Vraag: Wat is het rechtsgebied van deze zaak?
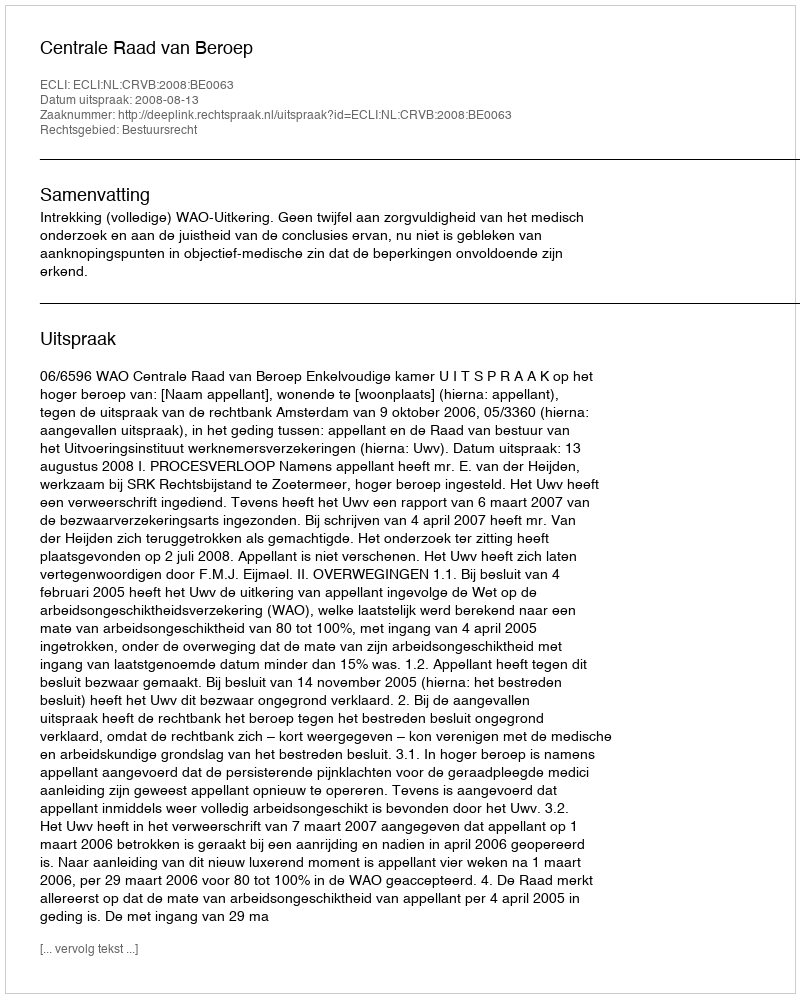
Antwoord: Bestuursrecht